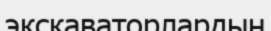
экскаваторлардың